Burma Government Medical School reports 1923-41
Year: 1923
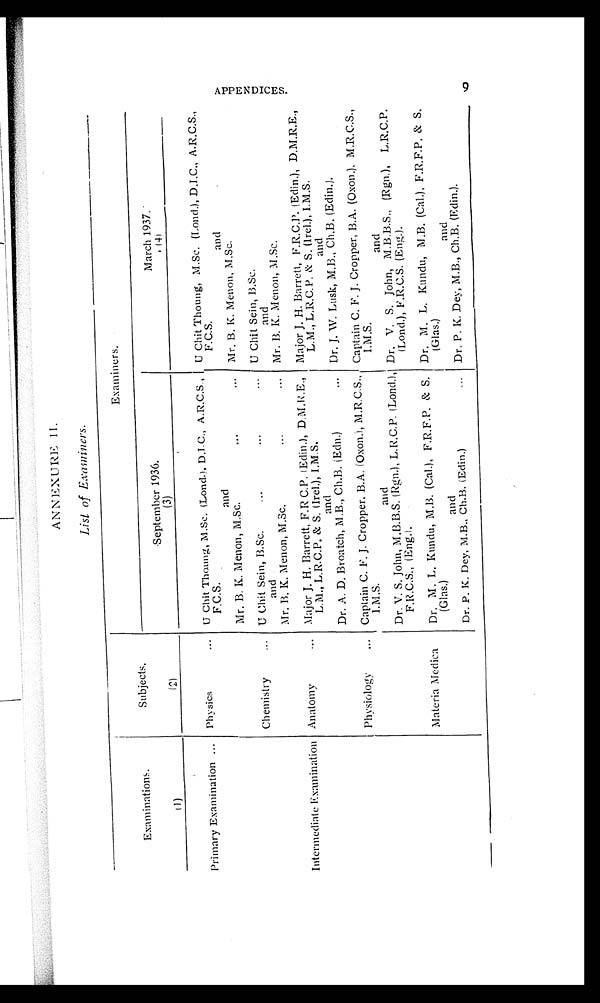
ANNEXURE 11.
List of Examiners.
Examinations.
Subjects.
Examiners.
September 1936.
March 1937.
(1)
(2)
(3)
(4)
Primary Examination
Physics
U Chit Thoung, M.Sc. (Lond.), D.I.C., A.R.C.S.,
F.C.S.
U Chit Thoung, M.Sc. (Lond.), D.I.C., A.R.C.S.,
F.C.S.
and
and
Mr. B. K. Menon, M.Sc.
M r . B . K . M e n o n , M . S c .
Chemistry
U Chit Sein, B.Sc. U Chit Sein, B.Sc.
and
and
Mr. B. K. Menon, M.Sc.
Mr. B. K. Menon, M.Sc.
Intermediate Examination Anatomy
Major J. H. Barrett, F. R. C.P. (Edin.), D.M.R.E.,
L.M., L.R.C.P. & S. (Irel.), I.M.S.
Major J. H. Barrett, F.R.C.P. (Edin.), D.M.R.E.,
L.M., L.R.C.P. & S. (Irel.), I.M.S.
and
and
Dr. A. D. Broatch, M.B., Ch.B. (Edn.)
Dr. J. W. Lusk, M.B., Ch.B. (Edin.).
Physiology
Captain C. F. J. Cropper. B.A. (Oxon.), M.R.C.S.,
I . M. S.
Captain C. F. J. Cropper, B.A. (Oxon.), M.R.C.S.,
I.M.S.
and
and
Dr. V. S. John, M.B.B.S. (Rgn.), L.R.C.P. (Lond.),
F.R.C.S., (Eng.).
Dr. V. S. John, M.B.B.S., (Rgn.), L.R.C.P.
(Lond.), F.R.C.S. (Eng.).
Materia Medica
Dr. M. L. Kundu, M.B. (Cal.), F.R.F.P. & S.
(Glas.)
Dr. M. L. Kundu, M.B. (Cal.), F.R.F.P. & S.
(Glas.)
and
and
Dr. P. K. Dey, M.B., Ch.B. (Edin.)
Dr. P. K. Dey, M.B., Ch.B. (Edin.).
A P P E N D I C E S . 9